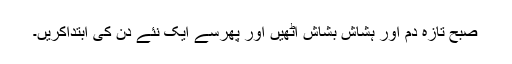
صبح تازہ دم اور ہشاش بشاش اٹھیں اور پھرسے ایک نئے دن کی ابتداکریں۔